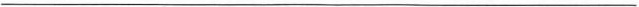
___